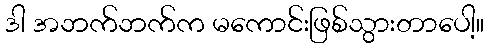
ဒါ အဘက်ဘက်က မကောင်းဖြစ်သွားတာပေါ့။